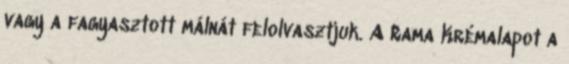
vagy a fagyasztott málnát felolvasztjuk. A Rama Krémalapot a